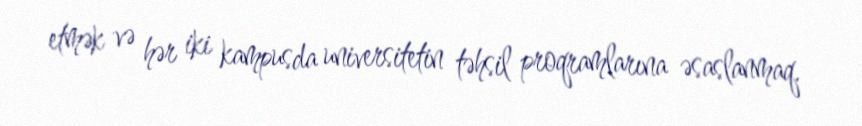
etmək və hər iki kampusda universitetin təhsil proqramlarına əsaslanmaq.